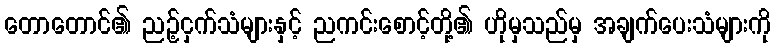
တောတောင်၏ ညဉ့်ငှက်သံများနှင့် ညကင်းစောင့်တို့၏ ဟိုမှသည်မှ အချက်ပေးသံများကို